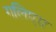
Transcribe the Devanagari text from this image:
गलिएरा